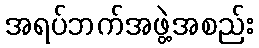
အရပ်ဘက်အဖွဲ့အစည်း